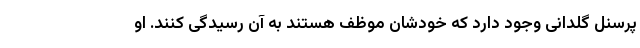
پرسنل گلدانی وجود دارد که خودشان موظف هستند به آن رسیدگی کنند. او